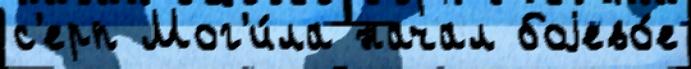
с'ерп Мог'и́ла начал боjево́е